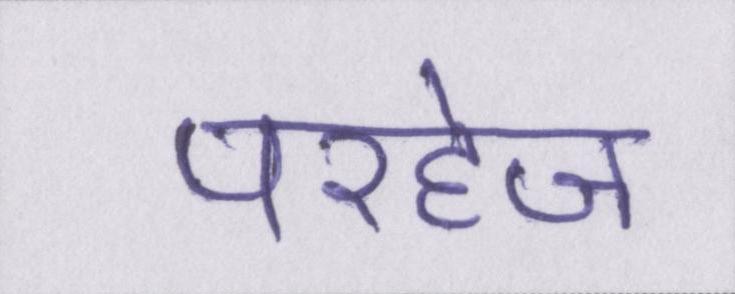
परहेज